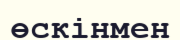
өскінмен